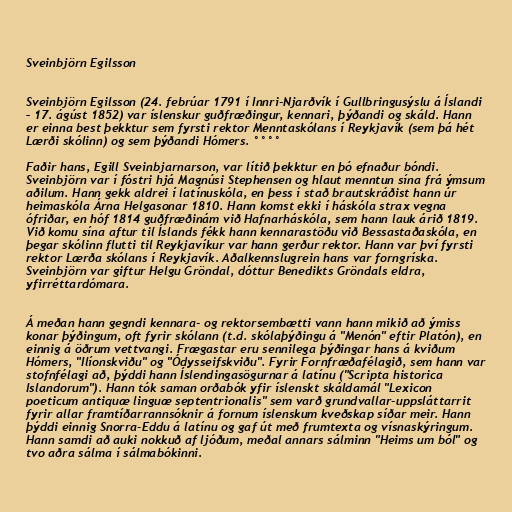
Sveinbjörn Egilsson

Sveinbjörn Egilsson (24. febrúar 1791 í Innri-Njarðvík í Gullbringusýslu á Íslandi
– 17. ágúst 1852) var íslenskur guðfræðingur, kennari, þýðandi og skáld. Hann
er einna best þekktur sem fyrsti rektor Menntaskólans í Reykjavík (sem þá hét
Lærði skólinn) og sem þýðandi Hómers. °°°°

Faðir hans, Egill Sveinbjarnarson, var lítið þekktur en þó efnaður bóndi.
Sveinbjörn var í fóstri hjá Magnúsi Stephensen og hlaut menntun sína frá ýmsum
aðilum. Hann gekk aldrei í latínuskóla, en þess í stað brautskráðist hann úr
heimaskóla Árna Helgasonar 1810. Hann komst ekki í háskóla strax vegna
ófriðar, en hóf 1814 guðfræðinám við Hafnarháskóla, sem hann lauk árið 1819.
Við komu sína aftur til Íslands fékk hann kennarastöðu við Bessastaðaskóla, en
þegar skólinn flutti til Reykjavíkur var hann gerður rektor. Hann var því fyrsti
rektor Lærða skólans í Reykjavík. Aðalkennslugrein hans var forngríska.
Sveinbjörn var giftur Helgu Gröndal, dóttur Benedikts Gröndals eldra,
yfirréttardómara.

Á meðan hann gegndi kennara- og rektorsembætti vann hann mikið að ýmiss
konar þýðingum, oft fyrir skólann (t.d. skólaþýðingu á "Menón" eftir Platón), en
einnig á öðrum vettvangi. Frægastar eru sennilega þýðingar hans á kviðum
Hómers, "Ilíonskviðu" og "Ódysseifskviðu". Fyrir Fornfræðafélagið, sem hann var
stofnfélagi að, þýddi hann Íslendingasögurnar á latínu ("Scripta historica
Islandorum"). Hann tók saman orðabók yfir íslenskt skáldamál "Lexicon
poeticum antiquæ linguæ septentrionalis" sem varð grundvallar-uppsláttarrit
fyrir allar framtíðarrannsóknir á fornum íslenskum kveðskap síðar meir. Hann
þýddi einnig Snorra-Eddu á latínu og gaf út með frumtexta og vísnaskýringum.
Hann samdi að auki nokkuð af ljóðum, meðal annars sálminn "Heims um ból" og
tvo aðra sálma í sálmabókinni.